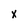
Character: x